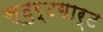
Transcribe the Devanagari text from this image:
स्टुर्टगार्ट